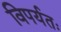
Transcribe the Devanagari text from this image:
विपर्यतः